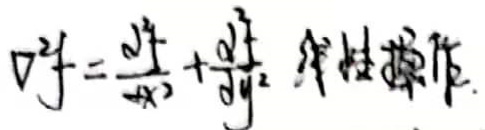
\(d^2f=\frac{\partial^2 f}{\partial x^2}dx^2+\frac{\partial^2 f}{\partial y^2}dy^2  \)二阶操作.